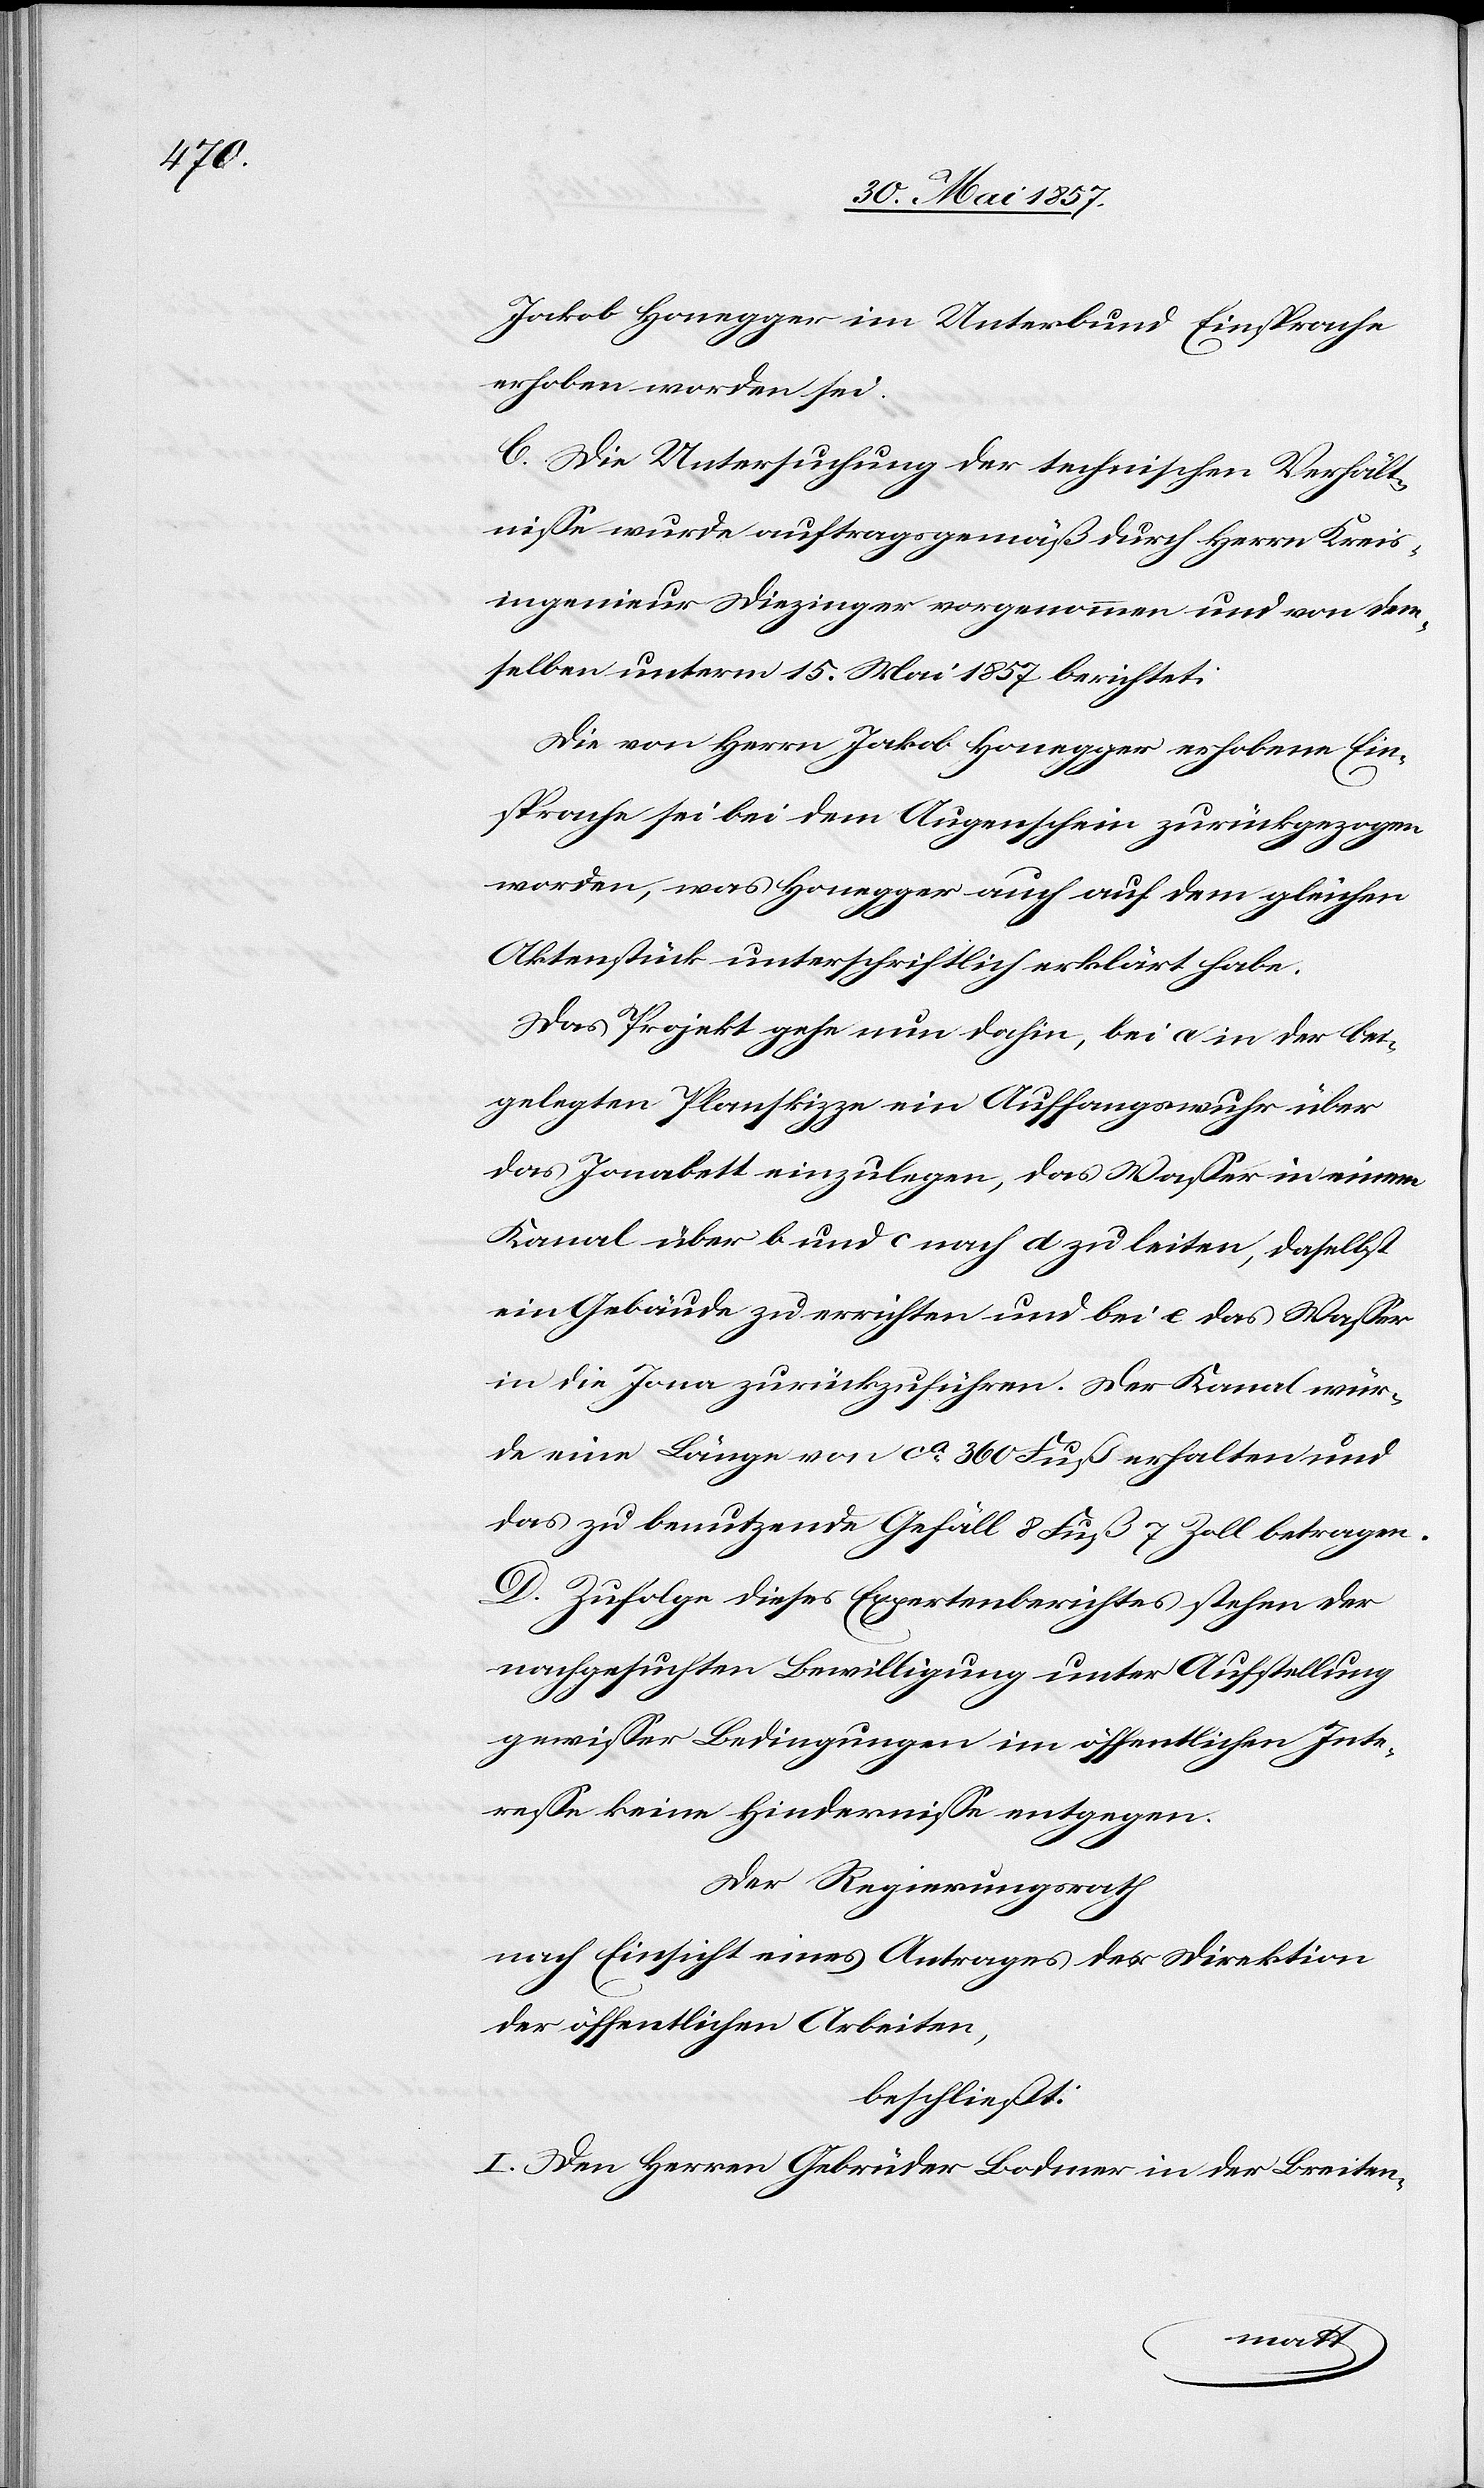
Jakob Honegger im Unterbund Einsprache
erhoben worden sei.
C. Die Untersuchung der technischen Verhält¬
nisse wurde auftragsgemäß durch Herrn Kreis¬
ingenieur Diezinger vorgenommen und von dem¬
selben unterm 15 Mai 1857 berichtet:
Die von Herrn Jakob Honegger erhobene Ein¬
sprache sei bei dem Augenschein zurückgezogen
worden, was Honegger auch auf dem gleichen
Aktenstück unterschriftlich erklärt habe.
Das Projekt gehe nun dahin, bei a in der bei¬
gelegten Planskizze ein Auffangswuhr über
das Jonabett einzulegen, das Wasser in einem
Kanal über b und c nach d zu leiten, daselbst
ein Gebäude zu errichten und bei e das Wasser
in die Jona zurückzuführen. Der Kanal wür¬
de eine Länge von ca 360 Fuß erhalten und
das zu benutzende Gefäll 8 Fuß 7 Zoll betragen.
D. Zufolge dieses Expertenberichtes stehen der
nachgesuchten Bewilligung unter Aufstellung
gewisser Bedingungen im öffentlichen Inte¬
resse keine Hindernisse entgegen.
Der Regierungsrath
nach Einsicht eines Antrages der Direktion
der öffentlichen Arbeiten,
beschließt:
I. Den Herren Gebrüder Bodmer in der Breiten-